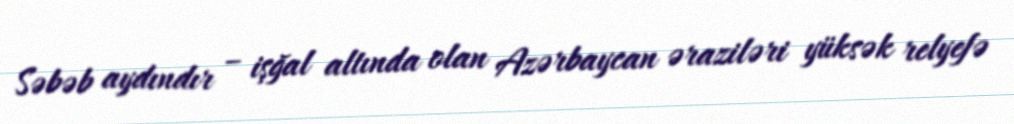
Səbəb aydındır – işğal altında olan Azərbaycan əraziləri yüksək relyefə